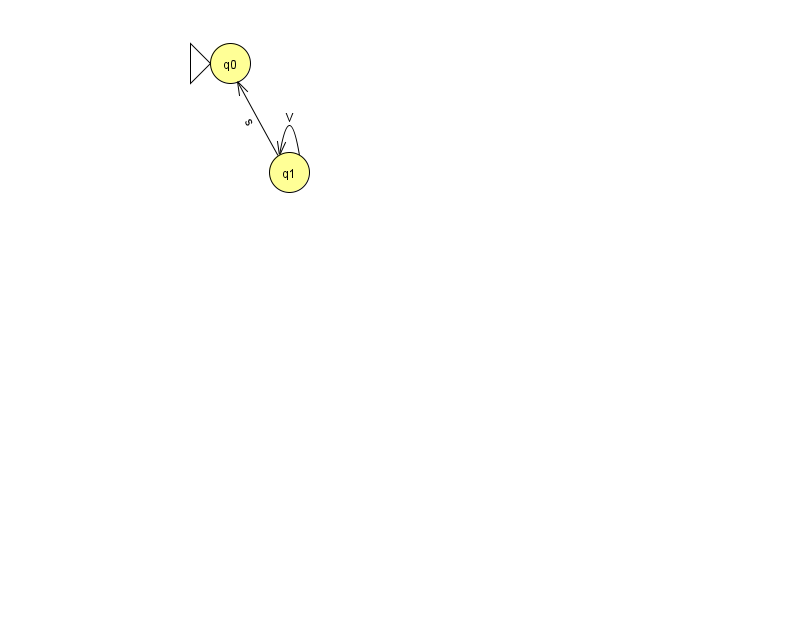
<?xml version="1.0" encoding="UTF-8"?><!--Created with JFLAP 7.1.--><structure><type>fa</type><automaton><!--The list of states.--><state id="0" name="q0"><x>230.0</x><y>50.0</y><initial/></state><state id="1" name="q1"><x>289.0</x><y>159.0</y></state><!--The list of transitions.--><transition><from>1</from><to>0</to><read>s</read></transition><transition><from>1</from><to>1</to><read>V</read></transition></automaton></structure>